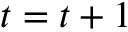
t = t + 1